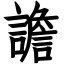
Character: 譫